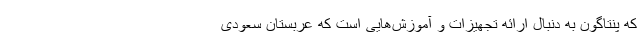
که پنتاگون به دنبال ارائه تجهیزات و آموزش‌هایی است که عربستان سعودی